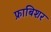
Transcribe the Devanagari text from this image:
फ्राबिशर